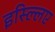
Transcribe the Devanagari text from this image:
इस्ल्लिए